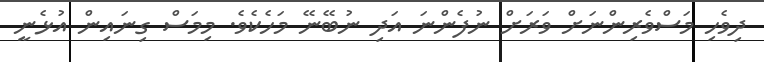
ދިވެހި މަސްވެރިންނަށް ވަރަށް ނުފެންނަ އަދި ނުބޭނޭ މަހެކެވެ. މިމަސް ގިނައިން އުޅެނީ